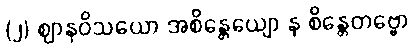
(၂) ဈာနဝိသယော အစိန္တေယျော န စိန္တေတဗ္ဗော